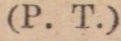
(P. T.)